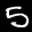
Label: 5